Scottish Leaving Certificate Examination, 1959
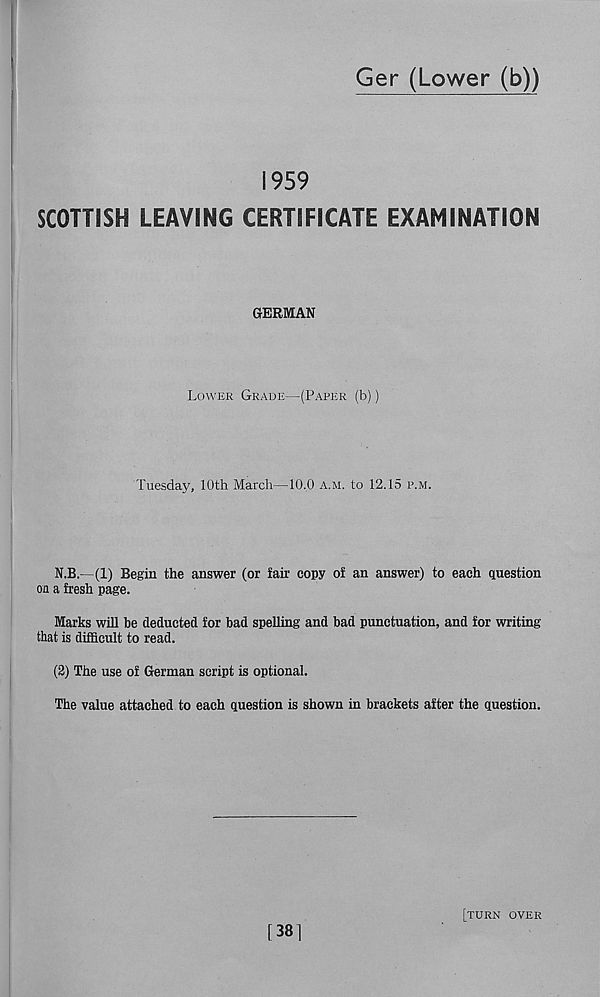
Ger (Lower (b))
1959
SCOTTISH LEAVING CERTIFICATE EXAMINATION
GERMAN
Lower Grade—(Paper (b))
Tuesday, 10th March—10.0 a.m. to 12.15 p.m.
N.B.—(1) Begin the answer (or fair copy of an answer) to each question
on a fresh page.
Marks will he deducted for bad spelling and bad punctuation, and for writing
that is difficult to read.
(2) The use of German script is optional.
The value attached to each question is shown in brackets after the question.
[38]
[turn over